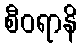
စီဝရာနိ